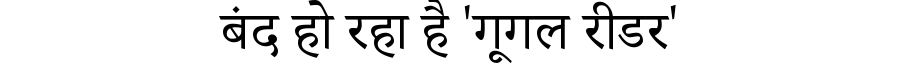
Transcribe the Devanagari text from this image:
बंद हो रहा है 'गूगल रीडर'